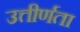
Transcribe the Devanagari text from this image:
उत्तीर्णता